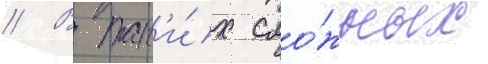
// В так'и́х сло́жных